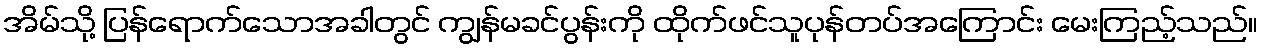
အိမ်သို့ ပြန်ရောက်သောအခါတွင် ကျွန်မခင်ပွန်းကို ထိုက်ဖင်သူပုန်တပ်အကြောင်း မေးကြည့်သည်။